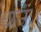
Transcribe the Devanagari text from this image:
धाऊँ।